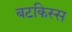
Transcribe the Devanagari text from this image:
बटकिस्स